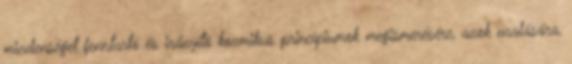
mindenséget fenntartó és irányító kozmikus princípiumok megismerésére, azok uralására,